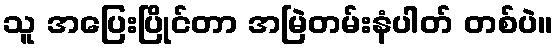
သူ အပြေးပြိုင်တာ အမြဲတမ်းနံပါတ် တစ်ပဲ။